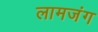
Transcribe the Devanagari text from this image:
लामजंग